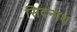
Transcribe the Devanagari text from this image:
सिदनाथ